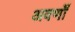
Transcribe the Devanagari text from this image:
अवर्णों